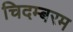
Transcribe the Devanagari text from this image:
चिदम्‍बरम